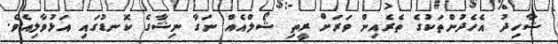
ޝާހިދު އެހެދުންތަކުގެ ތެރެއިން ވަރަށް ރީތި ޝޯލްއެއް ނަގާ ނިޝާގެ ކޮނޑުގައި އަޅުވާލިއެވެ.